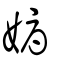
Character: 媷